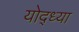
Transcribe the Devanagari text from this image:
योद्ध्या